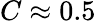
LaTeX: C\approx 0.5